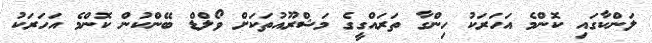
ލަންކާގައި ކޮންމެ އަހަރަކު ހިންގާ ތަރައްގީގެ މަޝްރޫއުތަކަށް ވޯލްޑް ބޭންކުން ކޮންމެ އަހަރަކު